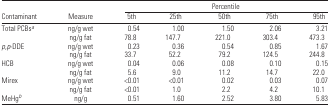
<table><thead><tr><td></td><td></td><td colspan="5"><b>Percentile</b></td></tr><tr><td><b>Contaminant</b></td><td><b>Measure</b></td><td><b>5th</b></td><td><b>25th</b></td><td><b>50th</b></td><td><b>75th</b></td><td><b>95th</b></td></tr></thead><tbody><tr><td>Total PCBsa</td><td>ng/g wet</td><td>0.54</td><td>1.00</td><td>1.50</td><td>2.06</td><td>3.21</td></tr><tr><td></td><td>ng/g fat</td><td>78.8</td><td>147.7</td><td>221.0</td><td>303.4</td><td>473.3</td></tr><tr><td><i>p</i>,<i>p</i>-DDE</td><td>ng/g wet</td><td>0.23</td><td>0.36</td><td>0.54</td><td>0.85</td><td>1.67</td></tr><tr><td></td><td>ng/g fat</td><td>33.7</td><td>52.2</td><td>79.2</td><td>124.5</td><td>244.8</td></tr><tr><td>HCB</td><td>ng/g wet</td><td>0.04</td><td>0.06</td><td>0.08</td><td>0.10</td><td>0.15</td></tr><tr><td></td><td>ng/g fat</td><td>5.6</td><td>9.0</td><td>11.2</td><td>14.7</td><td>22.0</td></tr><tr><td>Mirex</td><td>ng/g wet</td><td>&lt;0.01</td><td>&lt;0.01</td><td>0.02</td><td>0.03</td><td>0.07</td></tr><tr><td></td><td>ng/g fat</td><td>&lt;0.01</td><td>1.0</td><td>2.2</td><td>4.2</td><td>10.1</td></tr><tr><td>MeHgb</td><td>ng/g</td><td>0.51</td><td>1.60</td><td>2.52</td><td>3.80</td><td>5.83</td></tr></tbody></table>